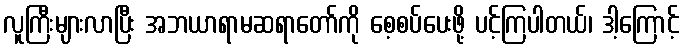
လူကြီးများလာပြီး အဘယာရာမဆရာတော်ကို စေ့စပ်ပေးဖို့ ပင့်ကြပါတယ်၊ ဒါ့ကြောင့်